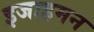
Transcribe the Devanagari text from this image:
इजाहमन